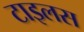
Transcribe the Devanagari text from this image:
टाइलस